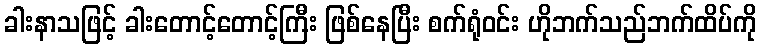
ခါးနာသဖြင့် ခါးတောင့်တောင့်ကြီး ဖြစ်နေပြီး စက်ရုံဝင်း ဟိုဘက်သည်ဘက်ထိပ်ကို